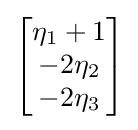
{\begin{bmatrix}\eta _{1}+1\\-2\eta _{2}\\-2\eta _{3}\end{bmatrix}}